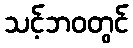
သင့်ဘဝတွင်